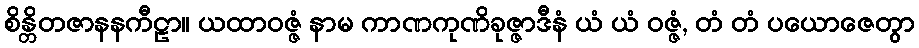
စိန္တိတဇာနနကီဠာ။ ယထာဝဇ္ဇံ နာမ ကာဏကုဏိခုဇ္ဇာဒီနံ ယံ ယံ ဝဇ္ဇံ, တံ တံ ပယောဇေတွာ